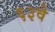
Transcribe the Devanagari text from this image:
६३वे